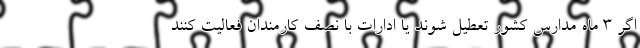
اگر 3 ماه مدارس کشور تعطیل شوند یا ادارات با نصف کارمندان فعالیت کنند